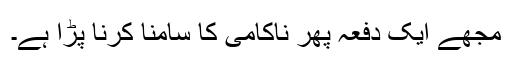
مجھے ایک دفعہ پھر ناکامی کا سامنا کرنا پڑا ہے۔